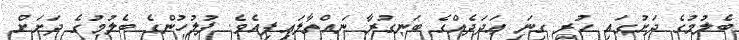
ބެލުމުގެ ދަށުގައި ހުރި ގިނަ ޢަދަދެއްގެ ބަނގުރާ ނައްތާލައިފިއެވެ. ފުލުހުންގެ ބެލުމުގެ ދަށަށް